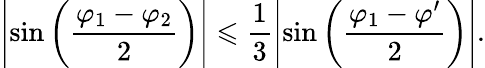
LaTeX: \left|\sin\left(\frac{\varphi_{1}-\varphi_{2}}{2}\right)\right|\leqslant\frac{1}{3}\left|\sin\left(\frac{\varphi_{1}-\varphi^{\prime}}{2}\right)\right|.